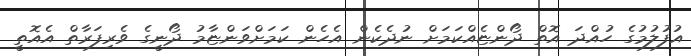
އުފުލުމުގެ ހުއްދަ އޮތް ދޯންޏެއްކަމަށް ނުދެކެން އެހެން ކަމަށްވަންޏާމު ދޯނީގެ ވެރިފަރާތް އެއޮތީ